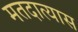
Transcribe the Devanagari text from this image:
मतदात्यास